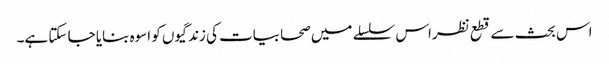
اس بحث سے قطع نظراس سلسلے میں صحابیات کی زندگیوں کو اسوہ بنایا جا سکتا ہے۔